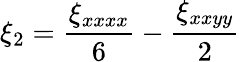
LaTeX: \xi_{2}=\frac{\xi_{xxxx}}{6}-\frac{\xi_{xxyy}}{2}